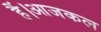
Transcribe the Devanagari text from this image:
हैं।आजकल